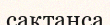
сақтанса